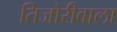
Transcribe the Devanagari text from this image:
तिजोरीवाला